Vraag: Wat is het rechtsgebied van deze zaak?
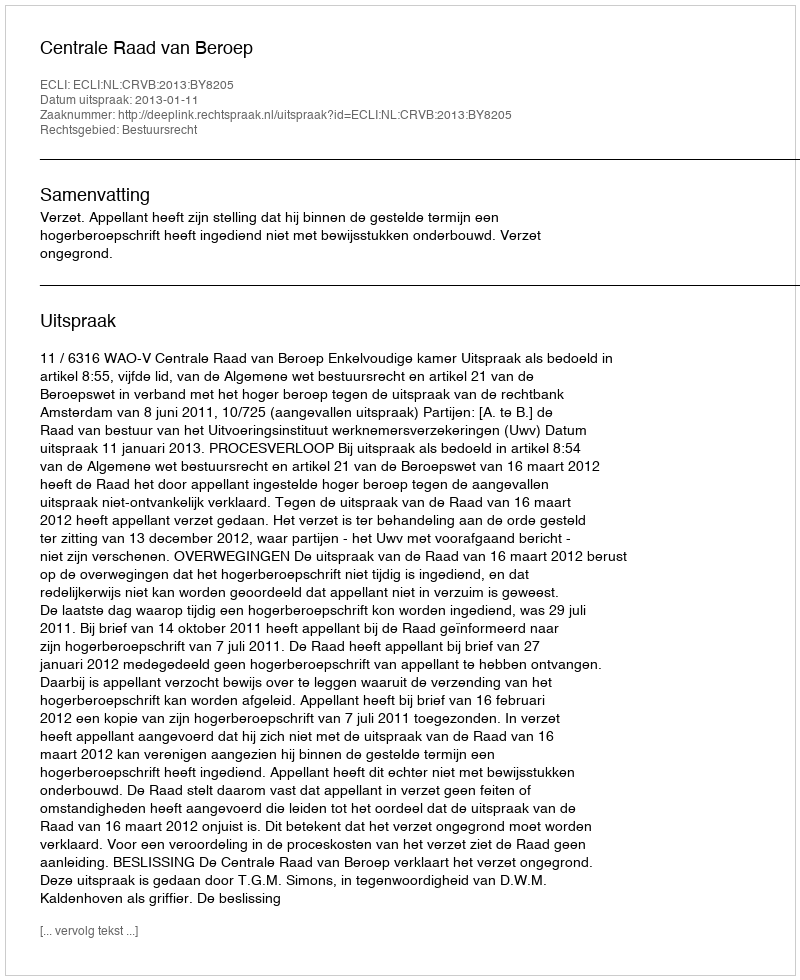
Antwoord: Bestuursrecht